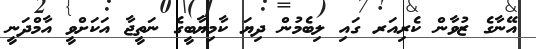
އޭނާގެ ޒުވާން ކެރިއަރ ގައި ލިބެމުން ދިޔަ ކާމިޔާބީގެ ނަތީޖާ އަކަށްވީ އާމްދަނީ